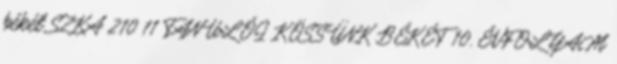
békét SZKA 210 11 TANULÓI KÖSSÜNK BÉKÉT 10. ÉVFOLYAM